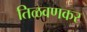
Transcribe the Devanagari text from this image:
तिळवणकर